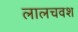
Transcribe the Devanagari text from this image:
लालचवश